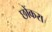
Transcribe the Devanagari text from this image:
छोंकरा